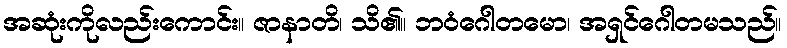
အဆုံးကိုလည်းကောင်း။ ဇာနာတိ၊ သိ၏။ ဘဝံဂေါတမော၊ အရှင်ဂေါတမသည်။